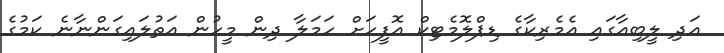
އަދި ލީބިއާގައި އެމެރިކާގެ ޑިޕްލޮމެޓިކް އޮފީހަށް ހަމަލާ ދިން މީހުން އަތުލައިގަންނާނެ ކަމުގެ